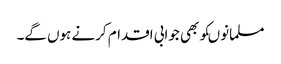
مسلمانوںکوبھی جوابی اقدام کرنے ہوں گے۔